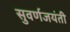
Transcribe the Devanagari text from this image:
सुवर्णजयंती